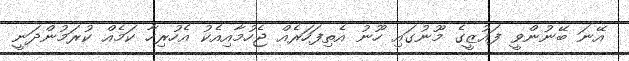
އޭނަ ބޭނުންވީ ފައުޒީގެ މޫނުގައި ހޫނު އެތިފަހަރެއް ޖެހުމާއިއެކު އެހުރިހާ ކަމެއް ކުރަމުންދަނީ